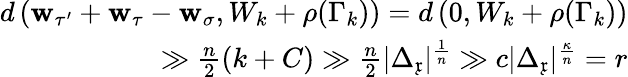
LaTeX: \begin{array}{r}{d\left(\mathbf{w}_{\tau^{\prime}}+\mathbf{w}_{\tau}-\mathbf{w}_{\sigma},W_{k}+\rho(\Gamma_{k})\right)=d\left(0,W_{k}+\rho(\Gamma_{k})\right)}\\ {\gg\frac{n}{2}(k+C)\gg\frac{n}{2}\vert\Delta_{\mathfrak{x}}\vert^{\frac{1}{n}}\gg c\vert\Delta_{\mathfrak{x}}\vert^{\frac{\kappa}{n}}=r}\end{array}